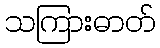
သကြားဓာတ်